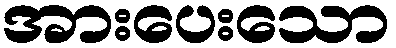
အားပေးသော